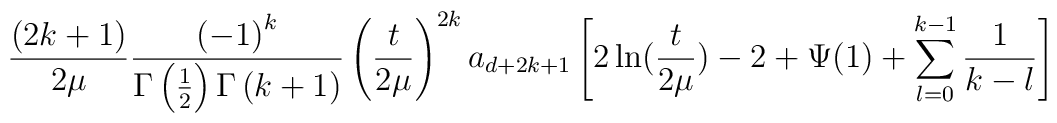
\frac{(2k+1)}{2\mu}\frac{\left( -1\right)^k}{\Gamma \left( \frac 12\right) \Gamma \left( k+1\right)}\left(\frac{t}{2\mu}\right) ^{2k}a_{d+2k+1}\left[ 2\ln( \frac{t}{2\mu})-2+\Psi(1) +\sum\limits_{l=0}^{k-1}\frac 1{k-l}\right]